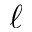
{ \ell }